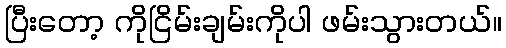
ပြီးတော့ ကိုငြိမ်းချမ်းကိုပါ ဖမ်းသွားတယ်။